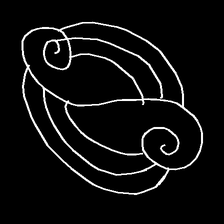
Glyph: wind-underfoot